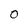
Character: O